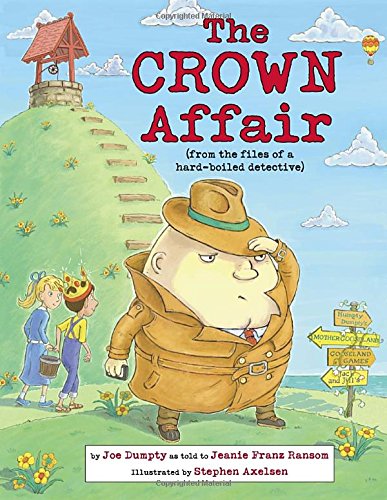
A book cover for The Crown Affair (Nursery-Rhyme Mysteries); Jeanie Franz Ransom; Humor & Entertainment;